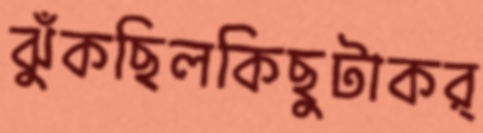
ঝুঁকছিলকিছুটাকর্